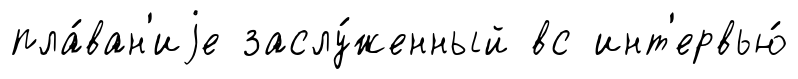
пла́ван'иjе заслу́женный вс инт'ервью́